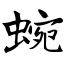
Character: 蜿